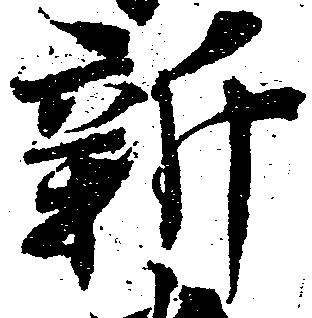
新